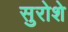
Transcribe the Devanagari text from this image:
सुरोशे